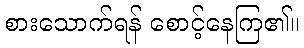
စားသောက်ရန် စောင့်နေကြ၏။